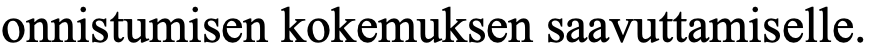
onnistumisen kokemuksen saavuttamiselle.